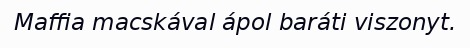
Maffia macskával ápol baráti viszonyt.